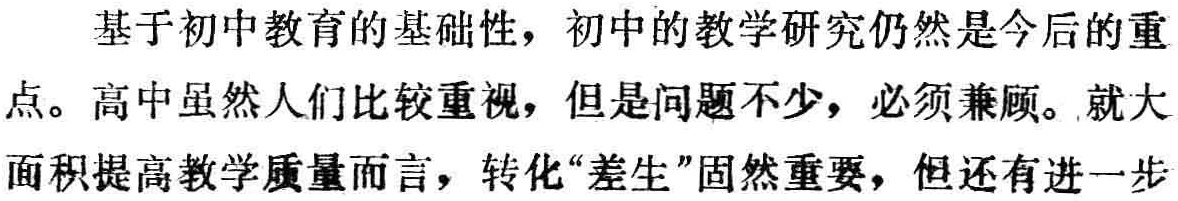
基于初中教育的基础性，初中的教学研究仍然是今后的重点。高中虽然人们比较重视，但是问题不少，必须兼顾。就大面积提高教学质量而言，转化“差生”固然重要，但还有进一步